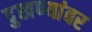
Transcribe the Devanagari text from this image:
दुखण्यांवर